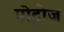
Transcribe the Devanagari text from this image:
मोट्टोज़